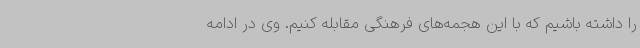
را داشته باشیم که با این هجمه‌های فرهنگی مقابله کنیم. وی در ادامه